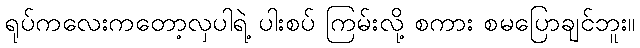
ရုပ်ကလေးကတော့လှပါရဲ့ ပါးစပ် ကြမ်းလို့ စကား စမပြောချင်ဘူး။